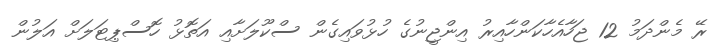
ރޭ މެންދަމު 12 ޖަހާއެހާކަންހާއިރު އިންޖީނުގެ ހުޅުވައިގެން ސްކޫލަށާއި އަތޮޅު ހޮސްޕިޓަލަށް އަލުން